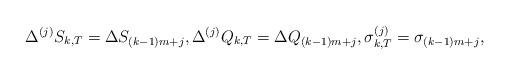
LaTeX: \begin{align*} \Delta^{(j)} S_{k,T} = \Delta S_{(k-1)m + j},\Delta^{(j)} Q_{k,T} = \Delta Q_{(k-1)m + j}, \sigma^{(j)}_{k,T} = \sigma_{(k-1)m + j},\end{align*}